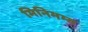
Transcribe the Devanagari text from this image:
मिनिमम्स